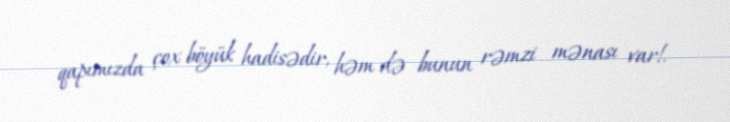
qapımızda çox böyük hadisədir, həm də bunun rəmzi mənası var!.